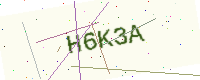
Text: H6K3A